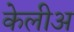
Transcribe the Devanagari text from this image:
केलीअ